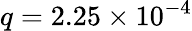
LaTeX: q=2.25\times 10^{-4}